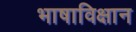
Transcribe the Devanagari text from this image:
भाषाविक्षान